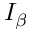
I _ { \beta }